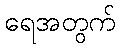
ရေအတွက်